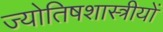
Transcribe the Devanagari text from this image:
ज्योतिषशास्त्रीयों